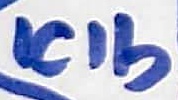
Text: ICIb